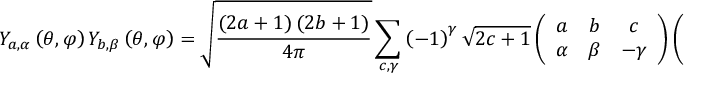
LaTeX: Y _ { a , \alpha } \left( \theta , \varphi \right) Y _ { b , \beta } \left( \theta , \varphi \right) = { \sqrt { \frac { \left( 2 a + 1 \right) \left( 2 b + 1 \right) } { 4 \pi } } } \sum _ { c , \gamma } \left( - 1 \right) ^ { \gamma } { \sqrt { 2 c + 1 } } \left( { \begin{array} { c c c } { a } & { b } & { c } \\ { \alpha } & { \beta } & { - \gamma } \end{array} } \right) \left( { \begin{array} { c c c } { a } & { b } & { c } \\ { 0 } & { 0 } & { 0 } \end{array} } \right) Y _ { c , \gamma } \left( \theta , \varphi \right)